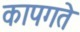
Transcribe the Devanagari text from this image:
कापगते